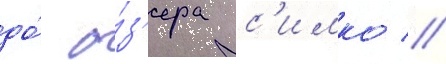
до́ о́з'ера с'имко //